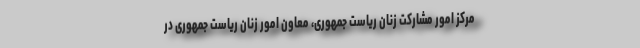
مرکز امور مشارکت زنان ریاست جمهوری، معاون امور زنان ریاست جمهوری در